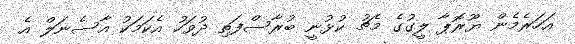
އަހަރެމެން ޔޫރޮޕާ ލީގުގެ މެޗު ކުޅުނީ ބުރާސްފަތި ދުވަހު އެކަމަކު އާސެނަލް އެ